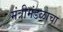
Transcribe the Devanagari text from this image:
मंत्रीमंडळाचा